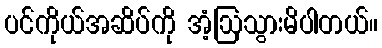
ပင်ကိုယ်အဆိပ်ကို အံ့ဩသွားမိပါတယ်။